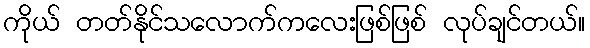
ကိုယ် တတ်နိုင်သလောက်ကလေးဖြစ်ဖြစ် လုပ်ချင်တယ်။